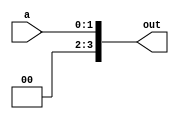
module concatenate(a, out);
	

	parameter M = 8;
	parameter O = 8;
	
	input [M-7:0]a;
	output [O-5:0]out;
	
	
	assign out = {2'b00, a};

endmodule

module concatenate_reverse(a, out);
	

	parameter M = 8;
	parameter O = 8;
	
	input [M-7:0]a;
	output [O-5:0]out;
	
	
	assign out = {a, 2'b00};

endmodule

///////////////////////////////////

module concatenate_4bit(a, out);
	

	parameter M = 8;
	parameter O = 8;
	
	input [M-7:0]a;
	output [O-5:0]out;
	
	
	assign out = {4'b0000, a};

endmodule

module concatenate_reverse_4bit(a, out);
	

	parameter M = 8;
	parameter O = 8;
	
	input [M-7:0]a;
	output [O-5:0]out;
	
	
	assign out = {a, 4'b0000};

endmodule

///////////////////////////////////

module concatenate_8bit(a, out);
	

	parameter M = 8;
	parameter O = 8;
	
	input [M-7:0]a;
	output [O-5:0]out;
	
	
	assign out = {8'b00000000, a};

endmodule

module concatenate_reverse_8bit(a, out);
	

	parameter M = 8;
	parameter O = 8;
	
	input [M-7:0]a;
	output [O-5:0]out;
	
	
	assign out = {a, 8'b00000000};

endmodule

///////////////////////////////////
module concatenate_16bit_z(a, out);
	

	parameter M = 16;
	parameter O = 32;
	
	input [M-1:0]a;
	output [O-1:0]out;
	
	
	assign out = {16'b0000000000000000, a};

endmodule


module big_concatenator (stack_in, PC_in, rom_in, stack_out, PC_out, rom_out);
	input [15:0]stack_in, PC_in, rom_in;
	output [31:0]stack_out, PC_out, rom_out;
	
	assign stack_out = {16'b0000000000000000, stack_in}; 
	assign PC_out = {16'b0000000000000000, PC_in};
	assign rom_out = {16'b0000000000000000, rom_in};
	
endmodule